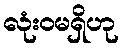
လုံးဝမရှိဟု